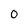
Character: O